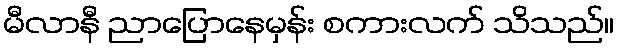
မီလာနီ ညာပြောနေမှန်း စကားလက် သိသည်။